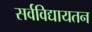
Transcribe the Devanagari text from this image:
सर्वविद्यायतन